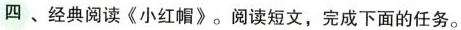
四、经典阅读《小红帽》。阅读短文,完成下面的任务。